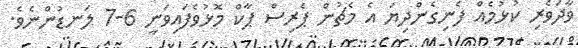
ވާދަވެރި ކުޅުމެއް ފެނިގެންދިޔަ އެ މެޗުން ޕެރިސް ޕާކް މޮޅުވެފައިވަނީ 6-7 ލަނޑުންނެވެ.